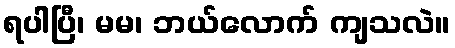
ရပါပြီ၊ မမ၊ ဘယ်လောက် ကျသလဲ။